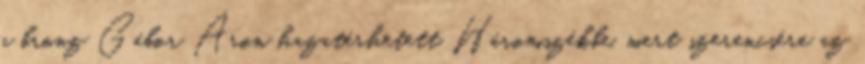
a bronz Gábor Áron hazatérhetett Háromszékbe, mert szerencsére az